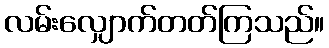
လမ်းလျှောက်တတ်ကြသည်။